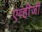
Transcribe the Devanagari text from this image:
एव्ही़जी